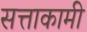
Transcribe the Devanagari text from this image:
सत्ताकामी